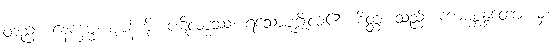
တည်း။ နေက္ခမ္မံ၊ ဈာန်ကို။ ပဋိလဒ္ဓဿ၊ ရသောပုဂ္ဂိုလ်၏။ စိတ္တံ၊ သည်။ ကာမစ္ဆန္ဒတော၊ မှ။